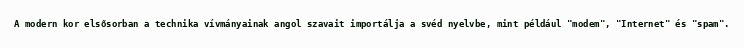
A modern kor elsősorban a technika vívmányainak angol szavait importálja a svéd nyelvbe, mint például "modem", "Internet" és "spam".